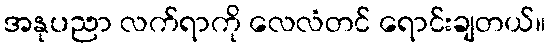
အနုပညာ လက်ရာကို လေလံတင် ရောင်းချတယ်။